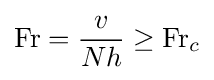
\mathrm {Fr} ={\frac {v}{Nh}}\geq \mathrm {Fr} _{c}